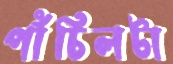
পাঁচিলটা